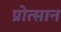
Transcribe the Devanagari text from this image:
प्रोत्सान